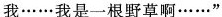
我……我是一根野草啊……”